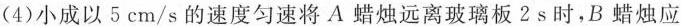
(4)小成以5cm/s的速度匀速将A蜡烛远离玻璃板2s时，B蜡烛应